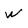
Character: w